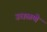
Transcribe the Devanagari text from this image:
उधळणे